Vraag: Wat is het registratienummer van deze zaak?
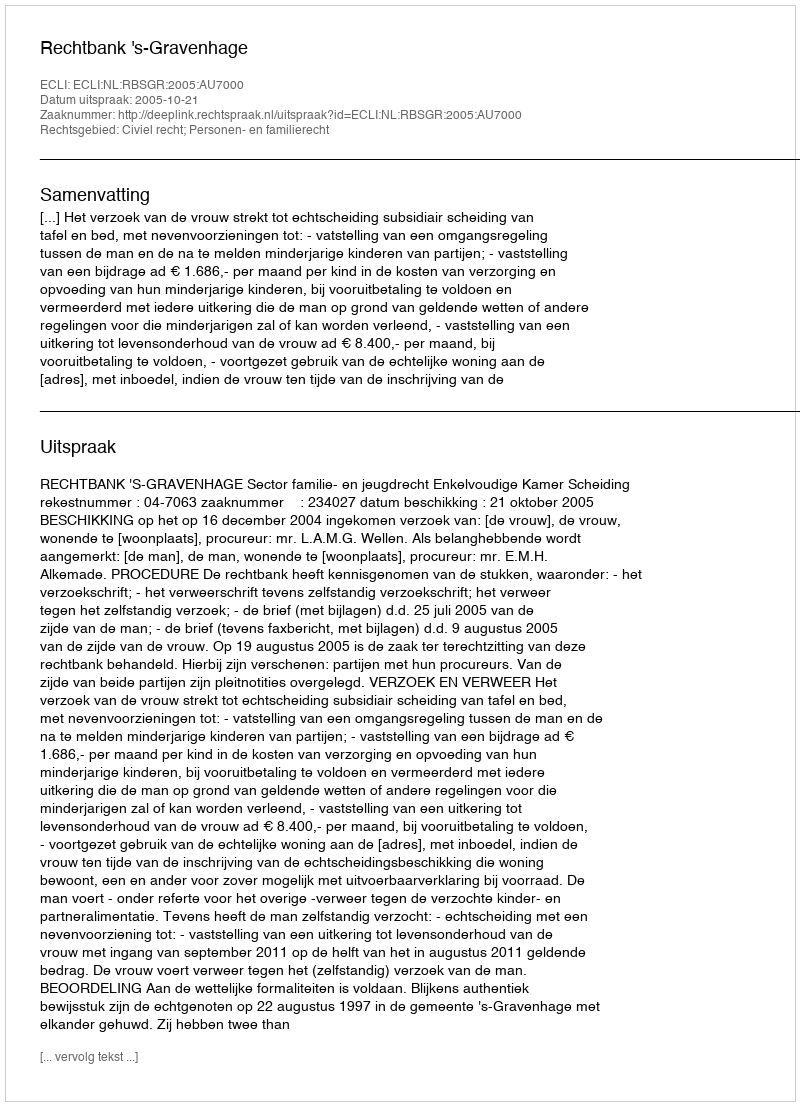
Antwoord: http://deeplink.rechtspraak.nl/uitspraak?id=ECLI:NL:RBSGR:2005:AU7000